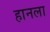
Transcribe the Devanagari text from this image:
हानला